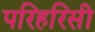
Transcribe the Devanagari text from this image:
परिहरिसी